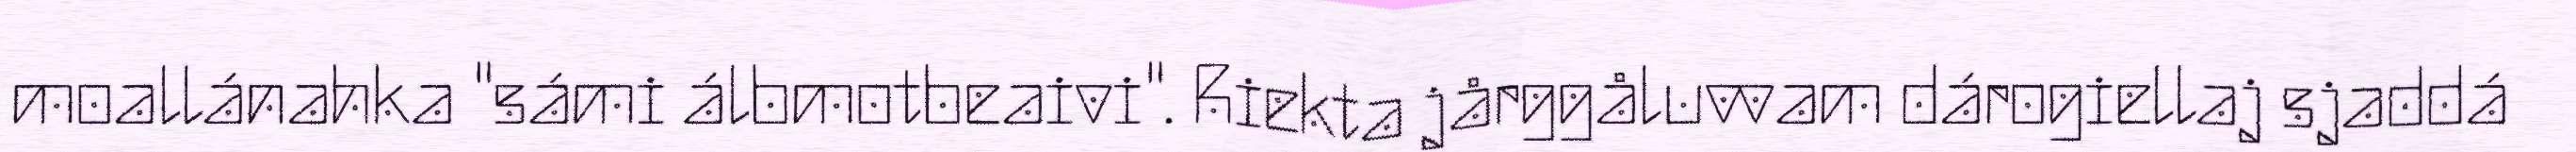
moallánahka "sámi álbmotbeaivi". Riekta jårggåluvvam dárogiellaj sjaddá